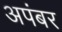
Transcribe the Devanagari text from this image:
अपंबर